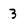
Character: 3